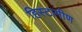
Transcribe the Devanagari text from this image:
हिस्टामीण